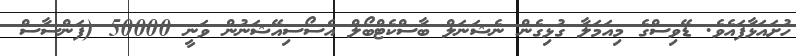
ހުށައަޅާފައެވެ. ޑޭވިސްގެ މިއަމަލާ ގުޅިގެން ނެޝަނަލް ބާސްކެޓްބޯލް އެސޯސިއޭޝަނުން ވަނީ 50000 (ފަންސާސް